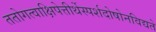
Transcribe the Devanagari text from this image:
ततोगत्वाक्षिपेत्तीर्थेस्पर्शदोषोनविद्यते